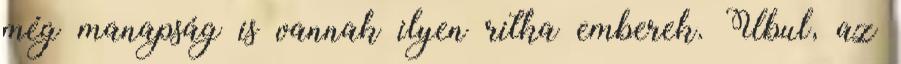
még manapság is vannak ilyen ritka emberek. Ubul, az